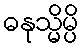
ဓနုသ္မိမ္ပိ